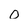
Character: O